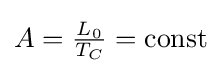
A={\tfrac {L_{0}}{T_{C}}}={\text{const}}